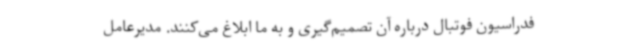
فدراسیون فوتبال درباره آن تصمیم‌گیری و به ما ابلاغ می‌کنند. مدیرعامل